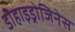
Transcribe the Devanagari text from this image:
डीहाइड्रोजिनेस